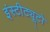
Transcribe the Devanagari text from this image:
इंस्टीट्यूटो